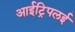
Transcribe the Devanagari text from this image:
आईट्रिपलई